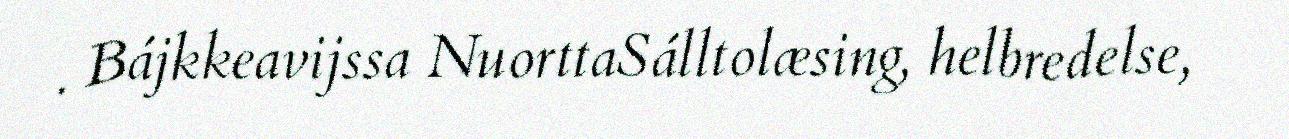
. Bájkkeavijssa NuorttaSálltolæsing, helbredelse,